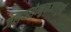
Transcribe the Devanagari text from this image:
जलचरोन्मुक्तजलपूर्णाः